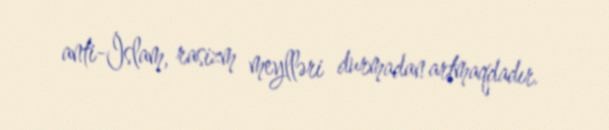
anti-İslam, rasizm meylləri durmadan artmaqdadır.